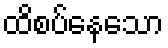
ထိစပ်နေသော